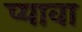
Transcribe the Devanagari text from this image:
प्यावा